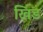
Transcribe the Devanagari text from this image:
खिड